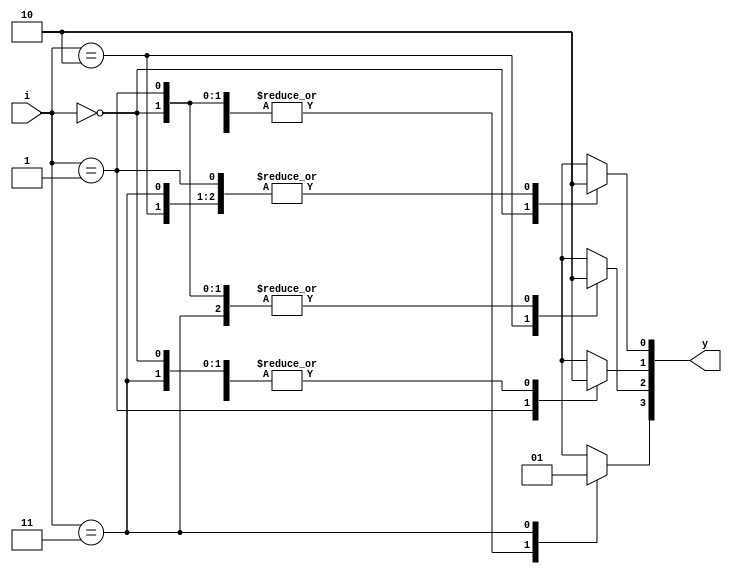
`timescale 1ns / 1ps

module decoder_2_4(
    input [1:0] i,
   	output reg[3:0] y);
	always@(i)
		begin
		y=0;
			case(i)	
					2'b00 : y[0] = 1'b1;
					2'b01 : y[1] = 1'b1;
					2'b10 : y[2] = 1'b1;
					2'b11 : y[3] = 1'b1;
			endcase
		end	
endmodule

module decoder_or(
    input a,b,
    output or_g 
    );
    wire [3:0]w;
    decoder_2_4 orgate({a,b}, w);
    assign or_g= ~w[0];
endmodule